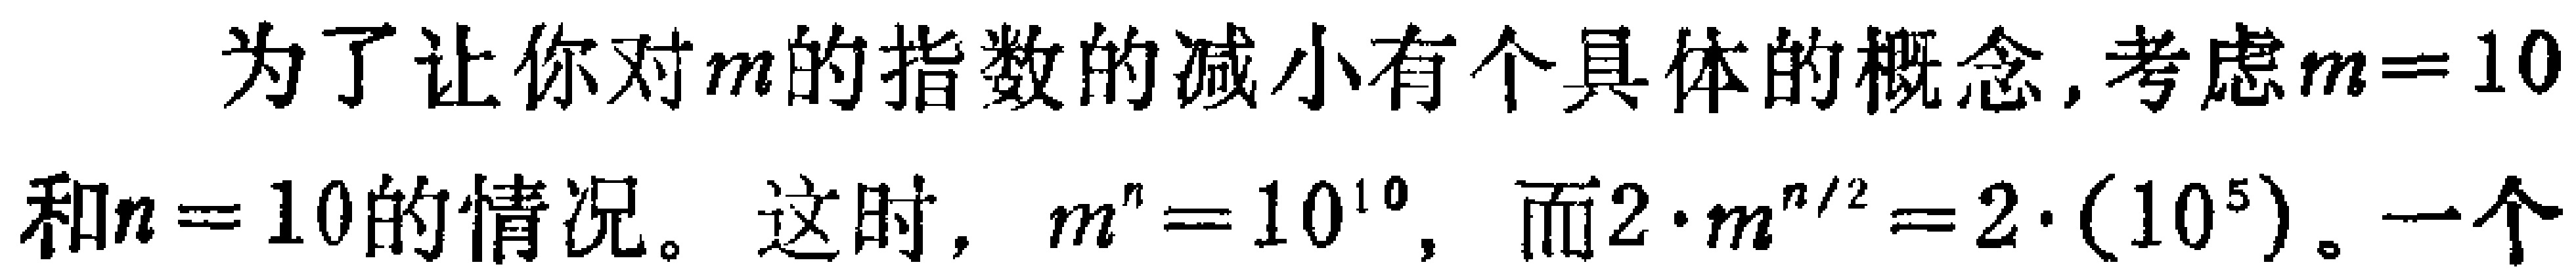
为了让你对\(m\)的指数的减小有个具体的概念,考虑\(m = 10\)和\(n = 10\)的情况。这时, \(m^{n}=10^{10}\), 而\(2\cdot m^{n/2}=2\cdot(10^{5})\)。一个